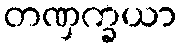
တဏှက္ခယာ